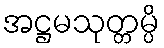
အဋ္ဌမသုတ္တမ္ပိ